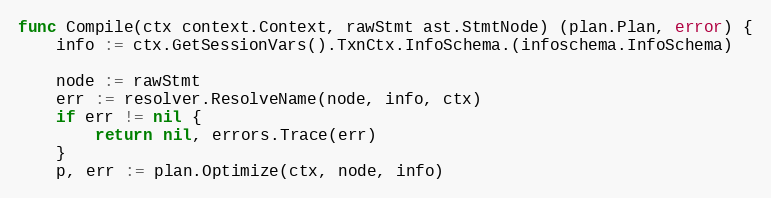
Language: Go
func Compile(ctx context.Context, rawStmt ast.StmtNode) (plan.Plan, error) {
	info := ctx.GetSessionVars().TxnCtx.InfoSchema.(infoschema.InfoSchema)

	node := rawStmt
	err := resolver.ResolveName(node, info, ctx)
	if err != nil {
		return nil, errors.Trace(err)
	}
	p, err := plan.Optimize(ctx, node, info)